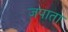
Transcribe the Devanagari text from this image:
जपाता